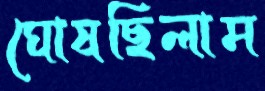
ঘোষছিলাম